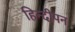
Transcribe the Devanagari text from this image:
हिन्दीपन